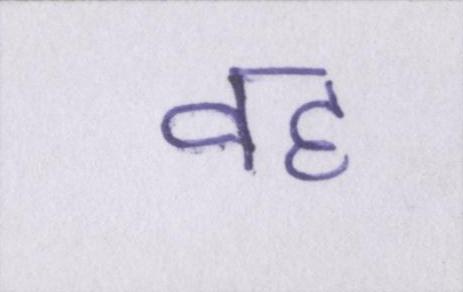
वह